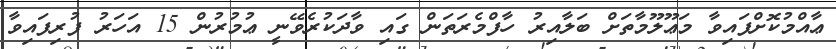
ޢާއްމުކޮށްފައިވާ މަޢޫލޫމާތަށް ބަލާއިރު ހާފްމެރަތަން ގައި ވާދަކުރެވޭނީ ޢުމުރުން 15 އަހަރު ފުރިފައިވާ